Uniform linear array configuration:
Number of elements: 64
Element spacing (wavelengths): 0.25
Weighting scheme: blackman
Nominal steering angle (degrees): -15
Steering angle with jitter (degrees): -16.501
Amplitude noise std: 0.05
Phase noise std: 0.05

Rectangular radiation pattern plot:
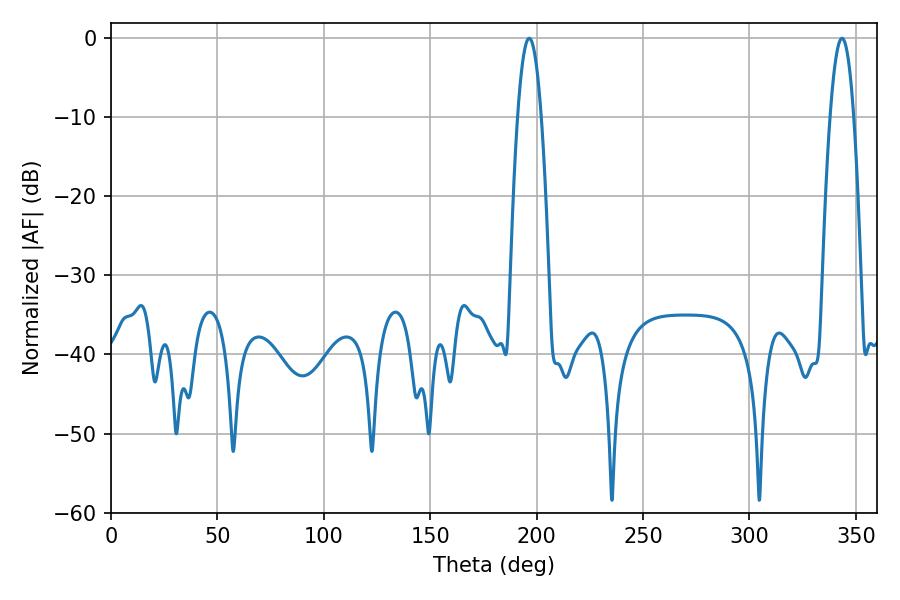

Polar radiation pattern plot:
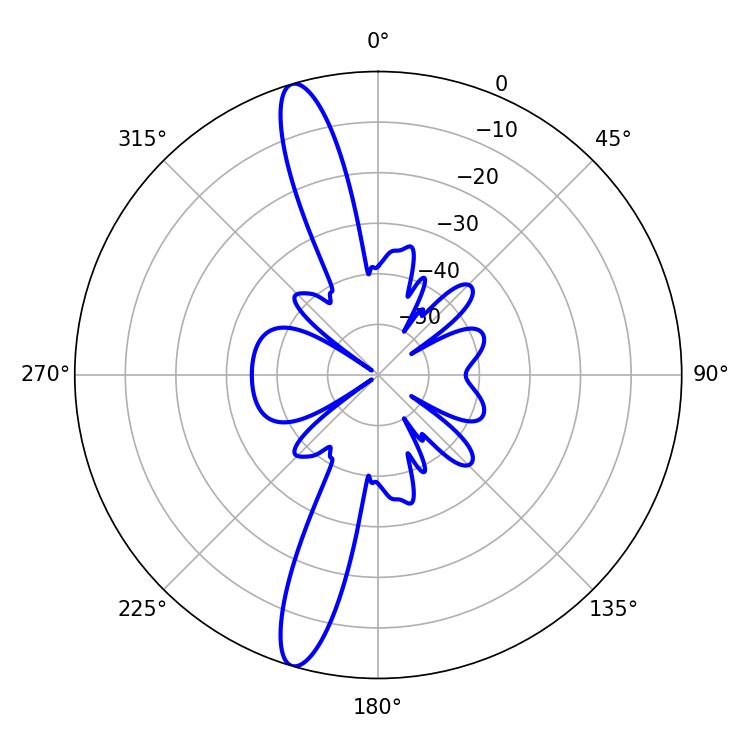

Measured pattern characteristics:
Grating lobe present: FALSE
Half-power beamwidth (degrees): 6.12
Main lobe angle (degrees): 196.56